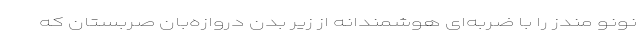
نونو مندز را با ضربه‌ای هوشمندانه از زیر بدن دروازه‌بان صربستان که